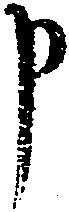
申